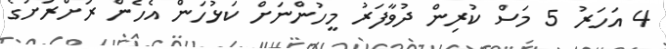
4 އަހަރު 5 މަސް ކުރިން ދުވާފަރު މީހުންނަށް ކަޅުހަން އެހެން ރަށްރަށުގެ